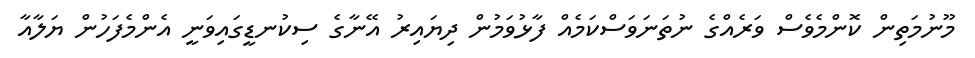
މޫނުމަތިން ކޮންމެވެސް ވަރެއްގެ ނުތަނަވަސްކަމެއް ފާޅުވަމުން ދިޔައިރު އޭނާގެ ސިކުނޑީގައިވަނީ އެންމެފަހުން ޔަލާއާ